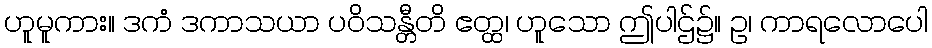
ဟူမူကား။ ဒကံ ဒကာသယာ ပဝိသန္တီတိ ဧတ္ထ၊ ဟူသော ဤပါဌ်၌။ ဥ၊ ကာရလောပေါ